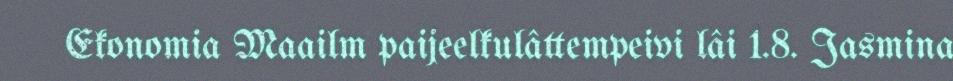
Ekonomia Maailm paijeelkulâttempeivi lâi 1.8. Jasmina